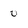
Character: 0